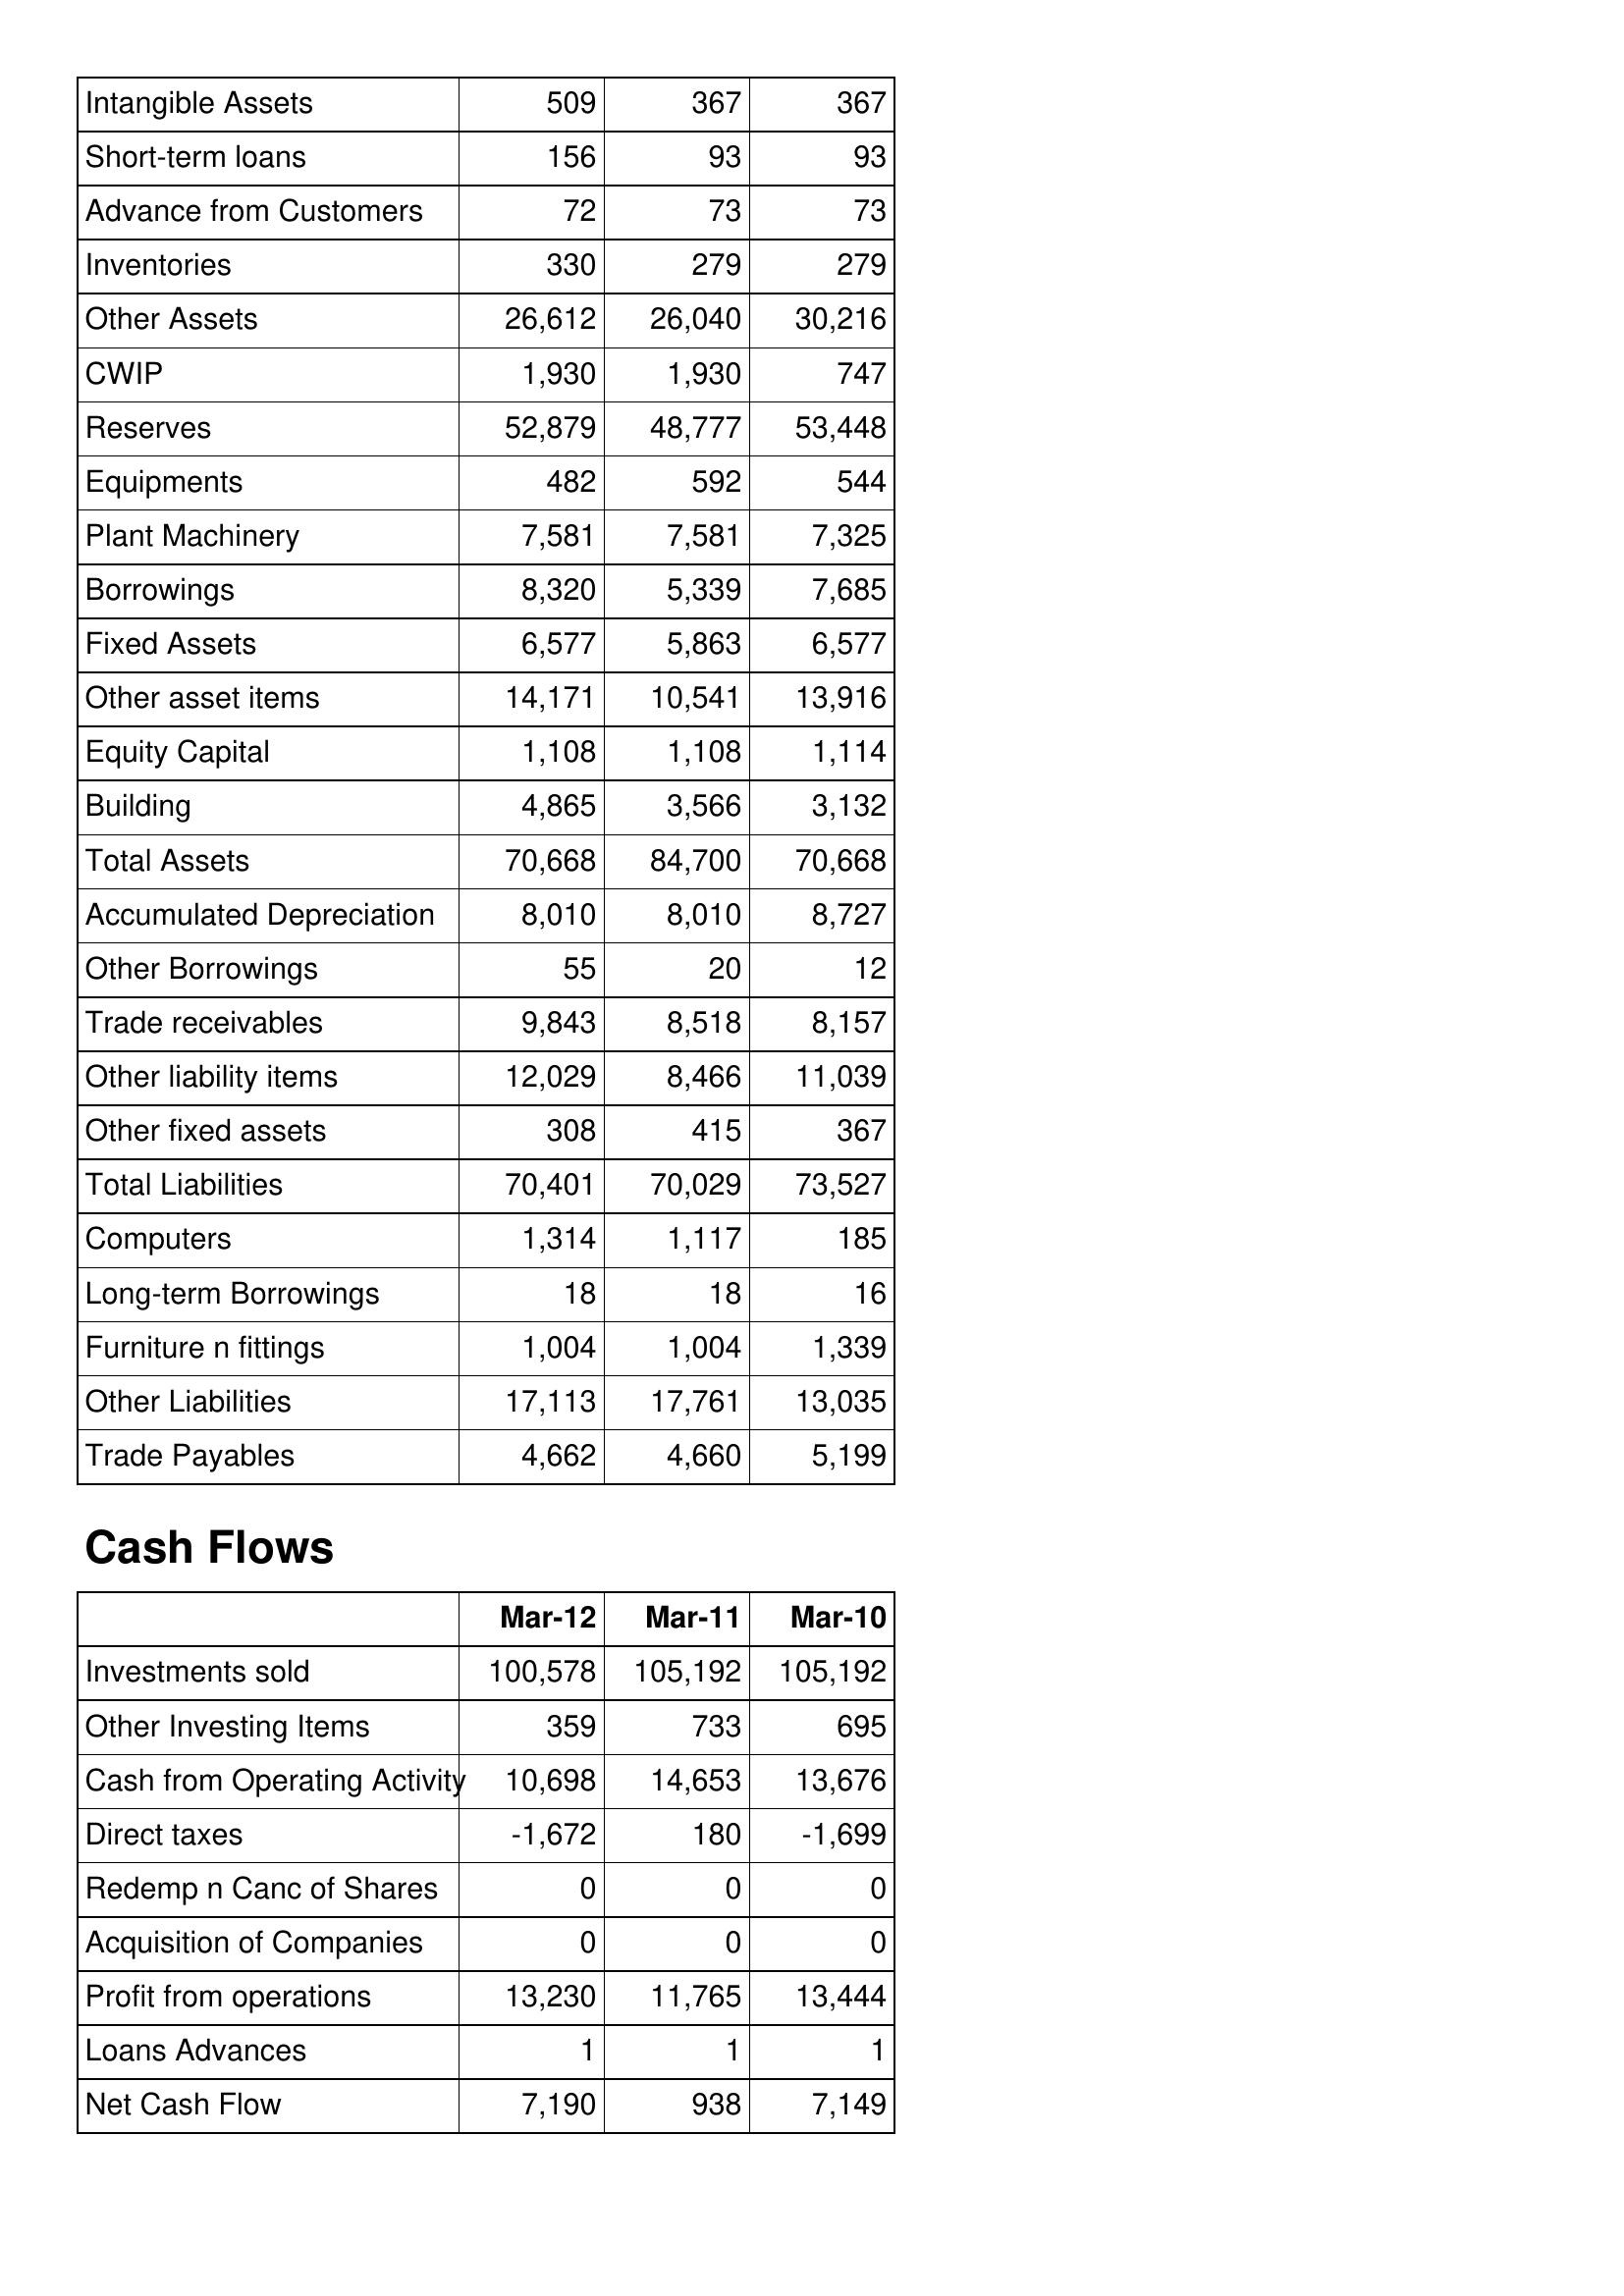
Mar-12: Balance Sheet: Intangible Assets: 509
Short-term loans: 156
Advance from Customers: 72
Inventories: 330
Other Assets: 26,612
CWIP: 1,930
Reserves: 52,879
Equipments: 482
Plant Machinery: 7,581
Borrowings: 8,320
Fixed Assets: 6,577
Other asset items: 14,171
Equity Capital: 1,108
Building: 4,865
Total Assets: 70,668
Accumulated Depreciation: 8,010
Other Borrowings: 55
Trade receivables: 9,843
Other liability items: 12,029
Other fixed assets: 308
Total Liabilities: 70,401
Computers: 1,314
Long-term Borrowings: 18
Furniture n fittings: 1,004
Other Liabilities: 17,113
Trade Payables: 4,662
Cash Flows: Investments sold: 100,578
Other Investing Items: 359
Cash from Operating Activity: 10,698
Direct taxes: -1,672
Redemp n Canc of Shares: 0
Acquisition of Companies: 0
Profit from operations: 13,230
Loans Advances: 1
Net Cash Flow: 7,190
Mar-11: Balance Sheet: Intangible Assets: 367
Short-term loans: 93
Advance from Customers: 73
Inventories: 279
Other Assets: 26,040
CWIP: 1,930
Reserves: 48,777
Equipments: 592
Plant Machinery: 7,581
Borrowings: 5,339
Fixed Assets: 5,863
Other asset items: 10,541
Equity Capital: 1,108
Building: 3,566
Total Assets: 84,700
Accumulated Depreciation: 8,010
Other Borrowings: 20
Trade receivables: 8,518
Other liability items: 8,466
Other fixed assets: 415
Total Liabilities: 70,029
Computers: 1,117
Long-term Borrowings: 18
Furniture n fittings: 1,004
Other Liabilities: 17,761
Trade Payables: 4,660
Cash Flows: Investments sold: 105,192
Other Investing Items: 733
Cash from Operating Activity: 14,653
Direct taxes: 180
Redemp n Canc of Shares: 0
Acquisition of Companies: 0
Profit from operations: 11,765
Loans Advances: 1
Net Cash Flow: 938
Mar-10: Balance Sheet: Intangible Assets: 367
Short-term loans: 93
Advance from Customers: 73
Inventories: 279
Other Assets: 30,216
CWIP: 747
Reserves: 53,448
Equipments: 544
Plant Machinery: 7,325
Borrowings: 7,685
Fixed Assets: 6,577
Other asset items: 13,916
Equity Capital: 1,114
Building: 3,132
Total Assets: 70,668
Accumulated Depreciation: 8,727
Other Borrowings: 12
Trade receivables: 8,157
Other liability items: 11,039
Other fixed assets: 367
Total Liabilities: 73,527
Computers: 185
Long-term Borrowings: 16
Furniture n fittings: 1,339
Other Liabilities: 13,035
Trade Payables: 5,199
Cash Flows: Investments sold: 105,192
Other Investing Items: 695
Cash from Operating Activity: 13,676
Direct taxes: -1,699
Redemp n Canc of Shares: 0
Acquisition of Companies: 0
Profit from operations: 13,444
Loans Advances: 1
Net Cash Flow: 7,149